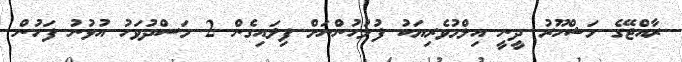
ރާއްޖޭގެ މަޝްހޫރު ދީނީ އިލްމުވެރިޔަކު ފުލުހުންނަށް ފިލައިގެން 2 މަސްދުވަހު އުޅުނު ފަހުން